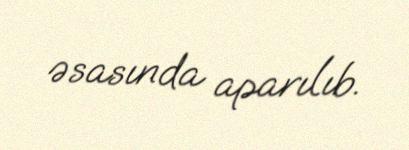
əsasında aparılıb.